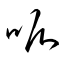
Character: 呱